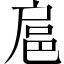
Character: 扈